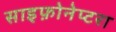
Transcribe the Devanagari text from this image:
साइफ़ोनेप्टरा